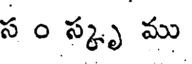
స ం స్కృ ము